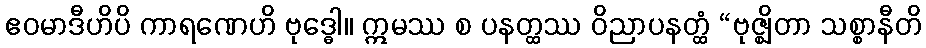
ဧဝမာဒီဟိပိ ကာရဏေဟိ ဗုဒ္ဓေါ။ ဣမဿ စ ပနတ္ထဿ ဝိညာပနတ္ထံ “ဗုဇ္ဈိတာ သစ္စာနီတိ